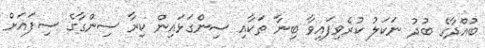
ބުއްދާގެ ބުދު ނަކަލު ކުރެވިފައިވާ ބިނާ ތަކާއި ސިންގަޅައިން ކިރާ ސިންގާގެ ސިފައަށް